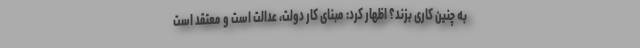
به چنین کاری بزند؟ اظهار کرد: مبنای کار دولت، عدالت است و معتقد است